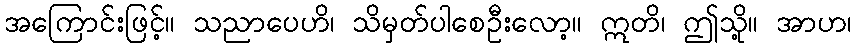
အကြောင်းဖြင့်။ သညာပေဟိ၊ သိမှတ်ပါစေဦးလော့။ ဣတိ၊ ဤသို့။ အာဟ၊